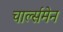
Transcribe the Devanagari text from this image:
चार्ल्समेन